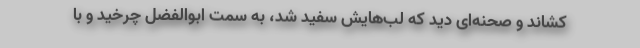
کشاند و صحنه‌ای دید که لب‌هایش سفید شد، به سمت ابوالفضل چرخید و با